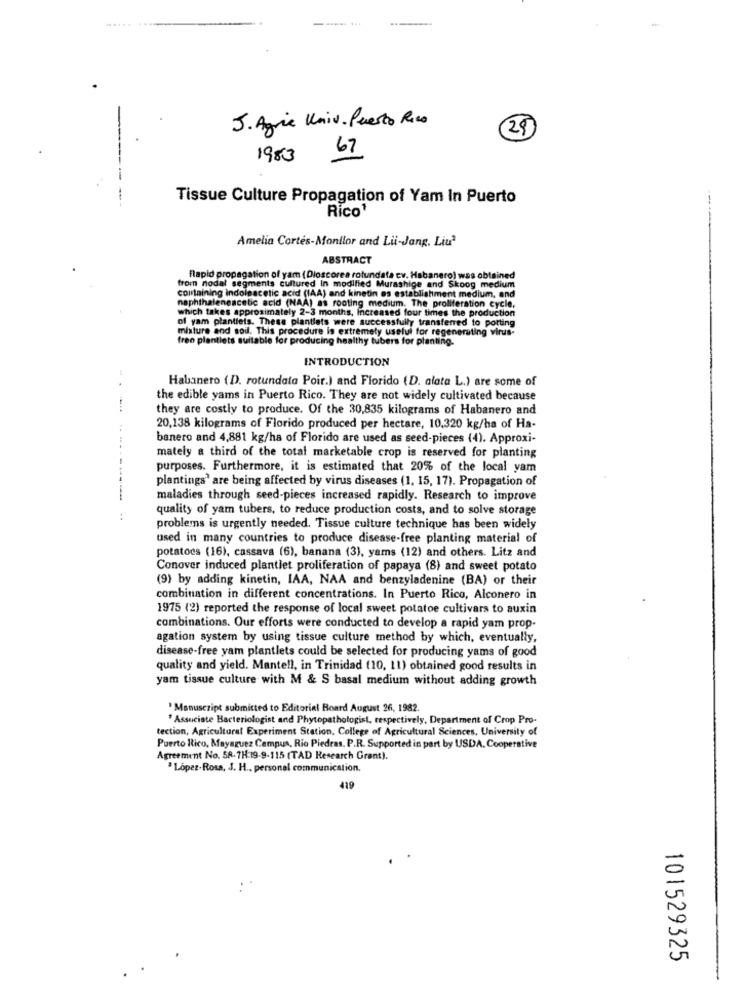
.......
---
J. Agric Univ. Puerto Rico
29
1983
67
---
Tissue Culture Propagation of Yam In Puerto
Rico'
Amelia Cortés-Monllor and Lii-Jang. Liu3
ABSTRACT
flapid propagation of yam (Dloscores rotundata cv. Habanero) was obtained
from nodal segments cultured In modified Murashige and Skoog medium
containing indoleacetic acid (IAA) and kinetin os establishment medium, and
naphthaleneacetic acid (NAA) as rooting medium. The proliferation cycle,
which takes approximately 2-3 months, Increased four times the production
of yam plantiets. These plantlets were successfully transferred to potting
misture and soil. This procedure is extremely useful for regenerating virus-
fren plantiets suitable for producing healthy tubers for planting.
INTRODUCTION
Habanero (D). rotundata Poir.) and Florido (D. alata L.) are some of
...
the edible yams in Puerto Rico. They are not widely cultivated because
they are costly to produce. Of the 30,835 kilograms of Habanero and
20,138 kilograms of Florido produced per hectare, 10,320 kg/ha of Ha-
banero and 4,881 kg/ha of Florido are used as seed-pieces (4). Approxi-
mately a third of the total marketable crop is reserved for planting
purposes. Furthermore, it is estimated that 20% of the local yam
plantings' are being affected by virus diseases (1, 15, 17). Propagation of
maladies through seed-pieces increased rapidly. Research to improve
quality of yam tubers, to reduce production costs, and to solve storage
:
problems is urgently needed. Tissue culture technique has been widely
used in many countries to produce disease-free planting material of
potatoes (16), cassava (6), banana (3), yams (12) and others. Litz and
Conover induced plantlet proliferation of papaya (8) and sweet potato
(9) by adding kinetin, IAA, NAA and benzyladenine (BA) or their
combination in different concentrations. In Puerto Rico, Alconero in
1975 (2) reported the response of local sweet potatoe cultivars to auxin
combinations. Our efforts were conducted to develop a rapid yam prop-
agation system by using tissue culture method by which, eventually,
disease-free yam plantlets could be selected for producing yams of good
quality and yield. Mantell, in Trinidad (10, 11) obtained good results in
yam tissue culture with M & S basal medium without adding growth
"Manuscript submitted to Editorial Board August 26, 1982.
Associate Bacteriologist and Phytopathologist, respectively, Department of Crop Pro-
tection, Agricultural Experiment Station, College of Agricultural Sciences, University of
Puerto Rico, Mayaguez Campus, Rio Piedras. P.R. Supported in part by USDA. Cooperative
Agreement No. 58.7H:19-9-115 (TAD Research Grant).
Lopez-Ross, J. H ., personal communication.
419
101529325